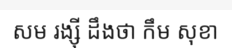
សម រង្ស៊ី ដឹងថា កឹម សុខា